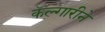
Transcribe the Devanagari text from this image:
कॅल्गारीने